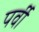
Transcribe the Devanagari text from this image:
पर्वी